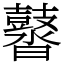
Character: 䶁